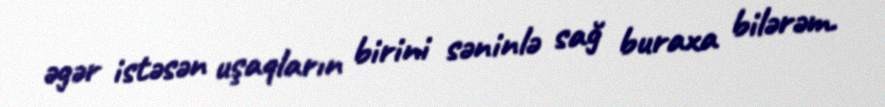
əgər istəsən uşaqların birini səninlə sağ buraxa bilərəm.